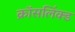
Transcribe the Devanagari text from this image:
क्रॉसलिंक्ड